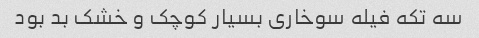
سه تکه فیله سوخاری بسیار کوچک و خشک بد بود